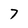
Character: 7